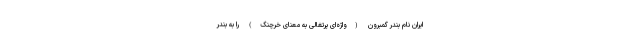
ایران نام بندر گمبرون (واژه‌ای پرتغالی به معنای خرچنگ) را به بندرِ